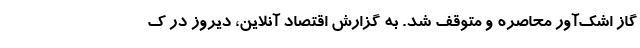
گاز اشک‌آور محاصره و متوقف شد. به گزارش اقتصاد آنلاین، دیروز در ک